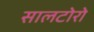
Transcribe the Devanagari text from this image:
सालटोरो